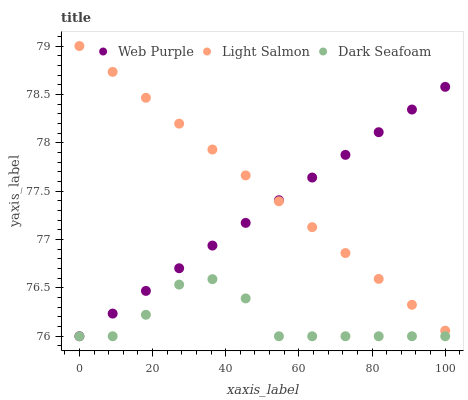
| xaxis_label | Web Purple | Light Salmon | Dark Seafoam |
 | --- | --- | --- | --- |
 | 0 | 76 | 79 | 76 |
 | 9.09 | 76.2 | 78.7 | 76 |
 | 18.2 | 76.5 | 78.5 | 76.2 |
 | 27.3 | 76.7 | 78.2 | 76.5 |
 | 36.4 | 76.9 | 77.9 | 76.6 |
 | 45.5 | 77.2 | 77.7 | 76.4 |
 | 54.5 | 77.4 | 77.4 | 76 |
 | 63.6 | 77.6 | 77.1 | 76 |
 | 72.7 | 77.9 | 76.9 | 76 |
 | 81.8 | 78.1 | 76.6 | 76 |
 | 90.9 | 78.3 | 76.3 | 76 |
 | 100 | 78.6 | 76.1 | 76 |